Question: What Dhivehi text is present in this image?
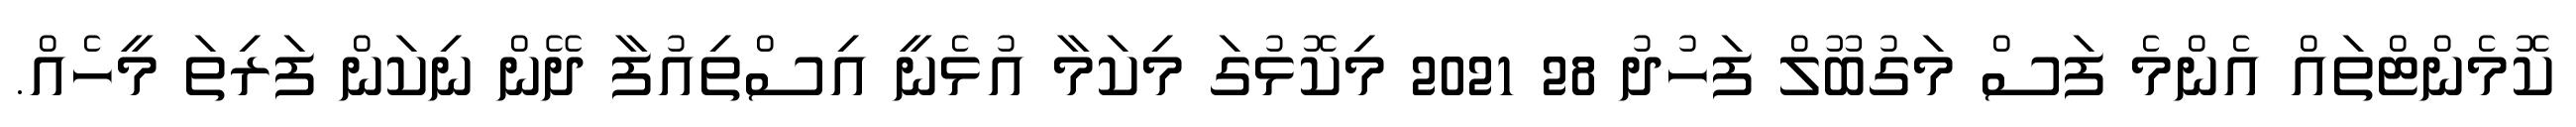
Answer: ކޮމެންޓްތައް އެންމެ ފަސް މަގުބޫލް ފަހުދު 28 2021 މިކޮޅުގަ މިކަމާ އުޅެނީ އިސްތިއުފާ ދޭން ނިކަން ފަރިތަ މީހެއް.